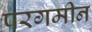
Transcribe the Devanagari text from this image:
परगमीन